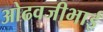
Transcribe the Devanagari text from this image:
ओढवजीभाई